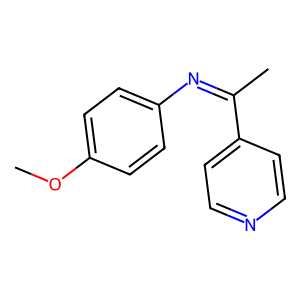
SMILES: COc1ccc(N=C(C)c2ccncc2)cc1
Inhibits HIV replication: No